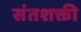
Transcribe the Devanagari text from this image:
संतशक्ती